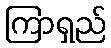
ကြာရှည်